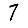
Digit: 7